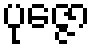
ပုဇ္ဇော